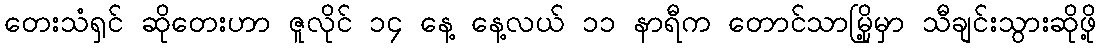
တေးသံရှင် ဆိုတေးဟာ ဇူလိုင် ၁၄ နေ့ နေ့လယ် ၁၁ နာရီက တောင်သာမြို့မှာ သီချင်းသွားဆိုဖို့